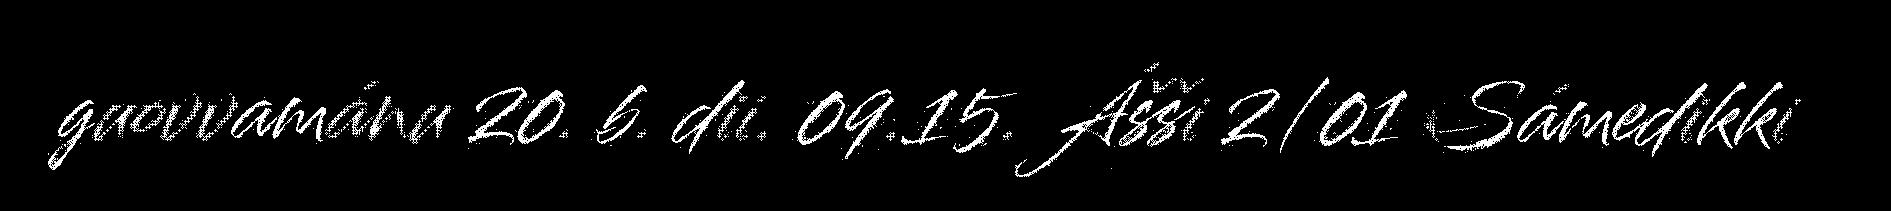
guovvamánu 20. b. dii. 09.15. Ášši 2/01 Sámedikki